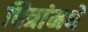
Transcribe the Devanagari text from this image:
चित्रांमधे